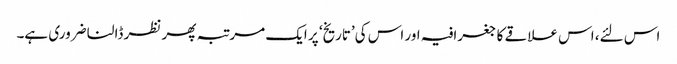
اس لئے، اس علاقے کا جغرافیہ اور اس کی’تاریخ‘ پر ایک مرتبہ پھر نظر ڈالنا ضروری ہے۔